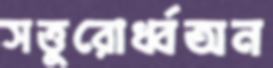
সত্তুরোর্ধ্বঅন